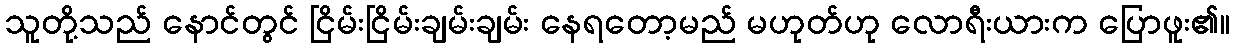
သူတို့သည် နောင်တွင် ငြိမ်းငြိမ်းချမ်းချမ်း နေရတော့မည် မဟုတ်ဟု လောရီးယားက ပြောဖူး၏။